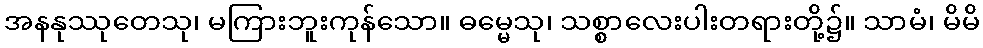
အနနုဿုတေသု၊ မကြားဘူးကုန်သော။ ဓမ္မေသု၊ သစ္စာလေးပါးတရားတို့၌။ သာမံ၊ မိမိ